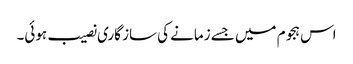
اس ہجوم میں جسے زمانے کی ساز گاری نصیب ہوئی۔